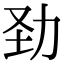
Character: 𠡍